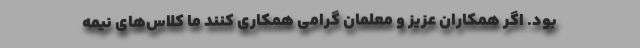
بود. اگر همکاران عزیز و معلمان گرامی همکاری کنند ما کلاس‌های نیمه